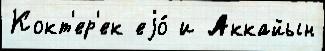
Кокт'ер'ек еjо́ и Аккайын